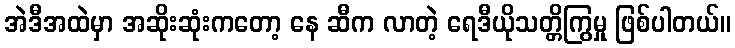
အဲဒီအထဲမှာ အဆိုးဆုံးကတော့ နေ ဆီက လာတဲ့ ရေဒီယိုသတ္တိကြွမှု ဖြစ်ပါတယ်။